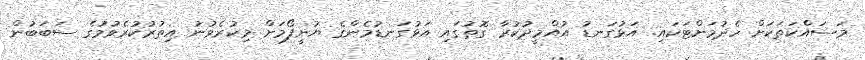
މަސައްކަތަކަށް ހެދުމަށްޓަކައި. އަޅުގަނޑު އުއްމީދުކުރާ ގޮތުގައި އަޅުގަނޑުމެންގެ ޔުނީފޯމަށް މިކުރެވުނު އިތުރުކުރެވުމުގެ ސަބަބުން